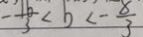
- \frac { 1 6 } { 3 } < b < - \frac { 8 } { 3 }